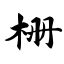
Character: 栅